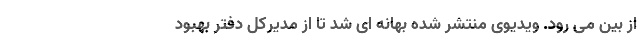
از بین می رود. ویدیوی منتشر شده بهانه ای شد تا از مدیرکل دفتر بهبود